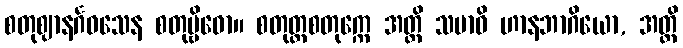
စတုဈာနင်္ဂဝသေန စတုဗ္ဗိဓော။ စတုတ္ထစတုက္ကေ အတ္ထိ သမာဓိ ဟာနဘာဂိယော, အတ္ထိ